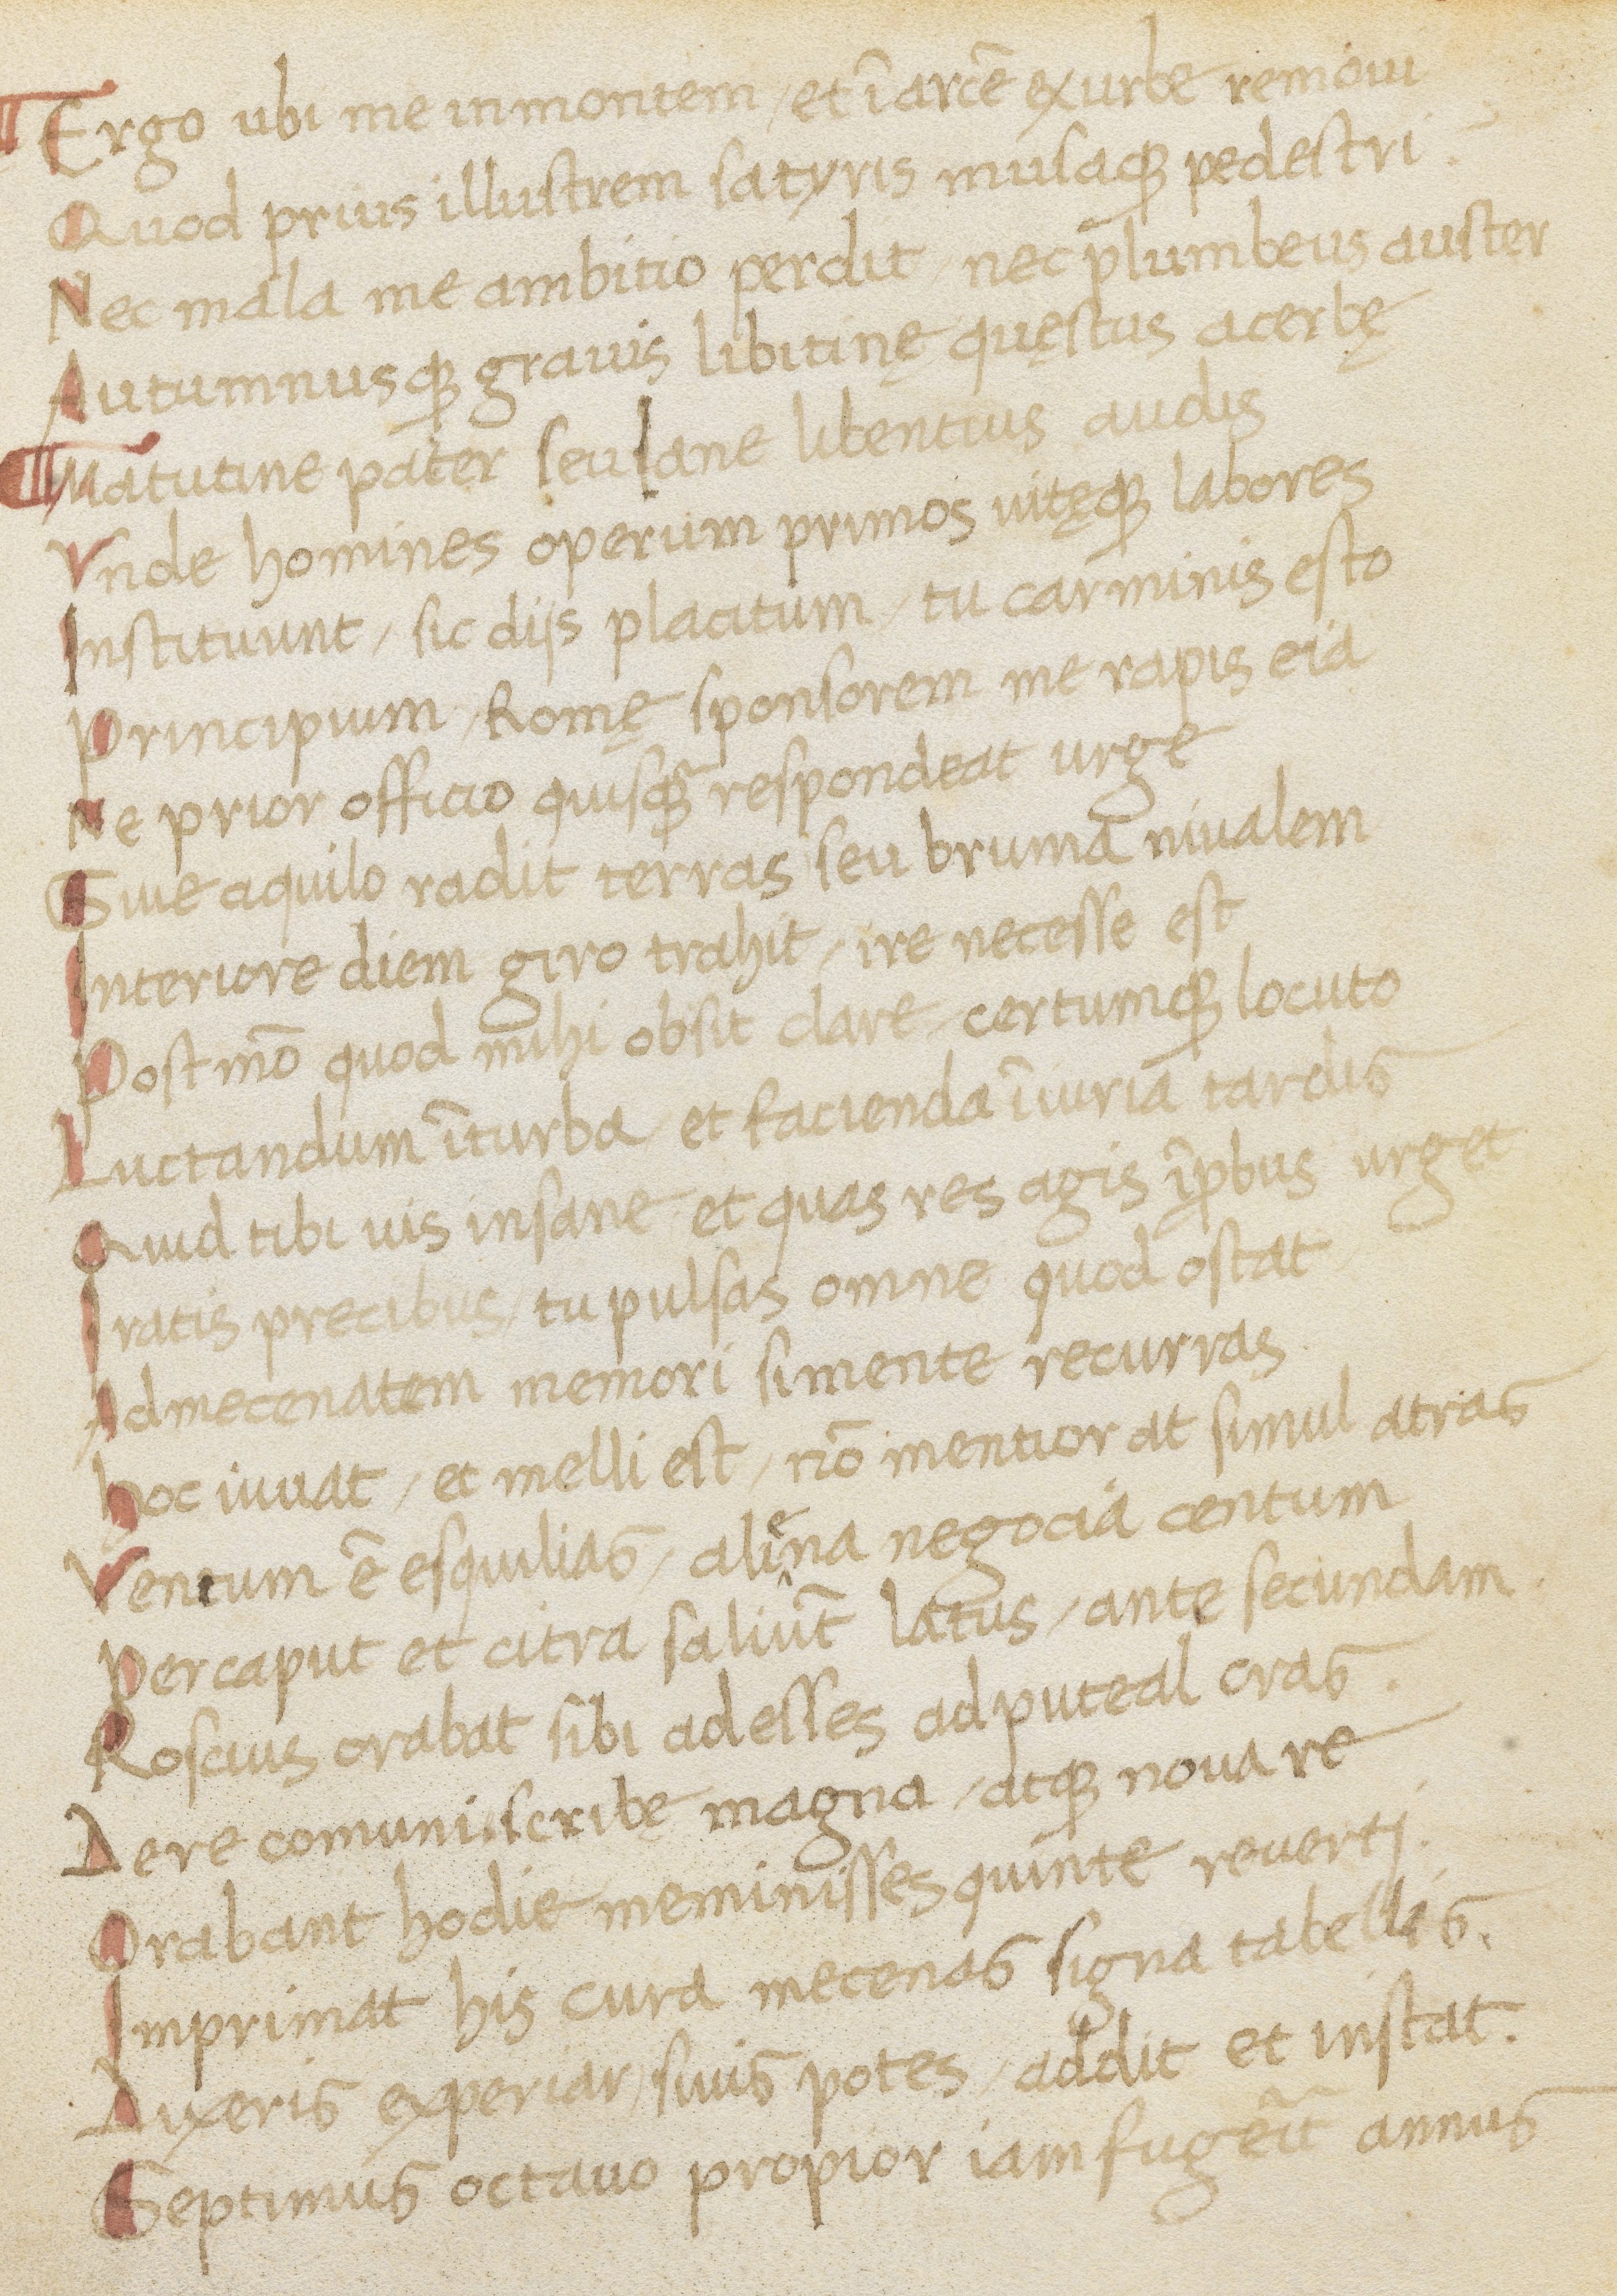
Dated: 1400–1499